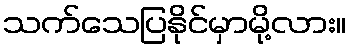
သက်သေပြနိုင်မှာမို့လား။